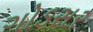
ગોડસર